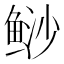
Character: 𲍔